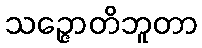
သဉ္ဇောတိဘူတာ